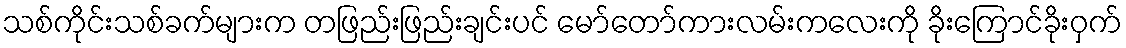
သစ်ကိုင်းသစ်ခက်များက တဖြည်းဖြည်းချင်းပင် မော်တော်ကားလမ်းကလေးကို ခိုးကြောင်ခိုးဝှက်